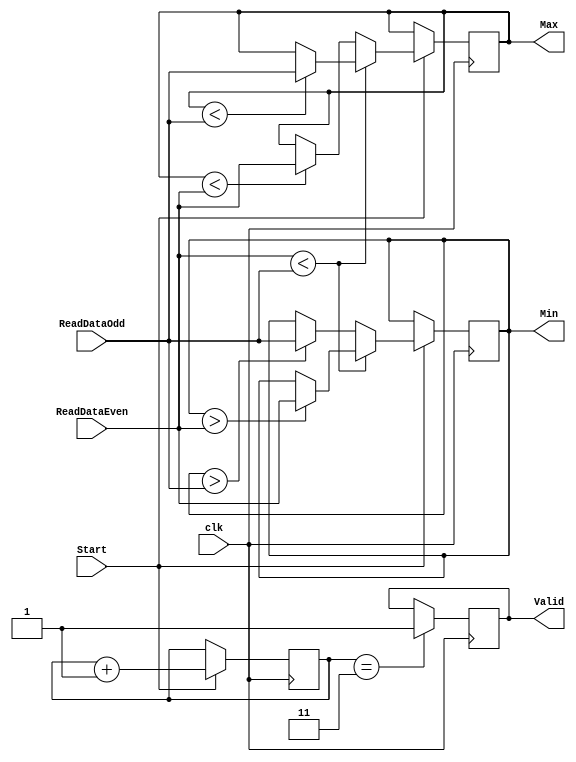
`timescale 1ns / 1ps
//////////////////////////////////////////////////////////////////////////////////
// Company: 
// Engineer: 
// 
// Design Name: 
// Module Name: Min_Max_Finder
// Project Name: 
// Target Devices: 
// Tool Versions: 
// Description: 
// 
// Dependencies: 
// 
// Revision:
// Revision 0.01 - File Created
// Additional Comments:
// 
//////////////////////////////////////////////////////////////////////////////////


module Min_Max_Finder(
    Start, clk, ReadDataEven, ReadDataOdd,
    Max, Min, Valid
);

input Start; //1bit input
input clk; //1bit input
input [15:0] ReadDataEven, ReadDataOdd; //  data
output reg [15:0] Max, Min; //read  , 
output reg Valid; //     

reg [2:0] count; //Valid   count

initial begin // 
    Min = 16'b1111_1111_1111_1111;
    Max = 16'b0000_0000_0000_0000;
    count = 3'b0;
    Valid = 1'b0;
end

//clk    
always @(posedge clk) begin
    if(Start) begin //Start    ,  
        if(ReadDataEven < ReadDataOdd) begin
            if(Min > ReadDataEven) Min <= ReadDataEven;
            if(Max < ReadDataOdd) Max <= ReadDataOdd;
        end
        else begin
            if(Min > ReadDataOdd) Min <= ReadDataOdd;
            if(Max < ReadDataEven) Max <= ReadDataEven;
        end
        count <= count + 3'b1;
    end
    
    //      Valid: 1 
    if(count == 3'd3) Valid = 1'b1;
end

endmodule